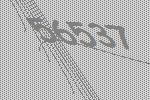
56537